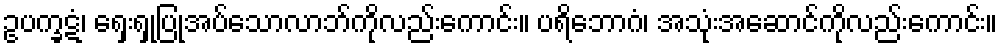
ဥပက္ခဋံ၊ ရှေးရှုပြုအပ်သောလာဘ်ကိုလည်းကောင်း။ ပရိဘောဂံ၊ အသုံးအဆောင်ကိုလည်းကောင်း။